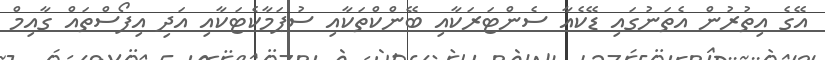
އޭގެ އިތުރުން އެތަނުގައި ޑޭކެއާ ސެންޓަރަކާއި ބޭންކްތަކާއި ސުޕަމާކެޓަކާއި އަދި އިފޯސްތައް ގާއިމް